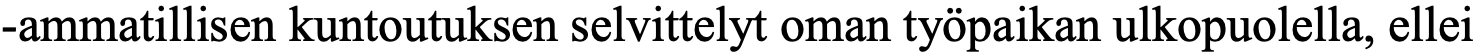
-ammatillisen kuntoutuksen selvittelyt oman työpaikan ulkopuolella, ellei